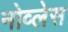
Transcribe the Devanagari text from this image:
नोव्लेस